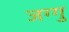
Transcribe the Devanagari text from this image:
जग्गु